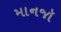
માનજૉ